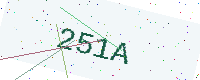
Text: 251A